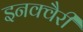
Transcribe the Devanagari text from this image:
इनक्वैरी